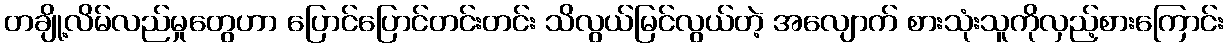
တချို့လိမ်လည်မှုတွေဟာ ပြောင်ပြောင်တင်းတင်း သိလွယ်မြင်လွယ်တဲ့ အလျောက် စားသုံးသူကိုလှည့်စားကြောင်း